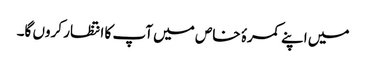
میں اپنے کمرۂ خاص میں آپ کا انتظار کروں گا۔